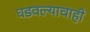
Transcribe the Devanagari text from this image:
घडवल्याचाही